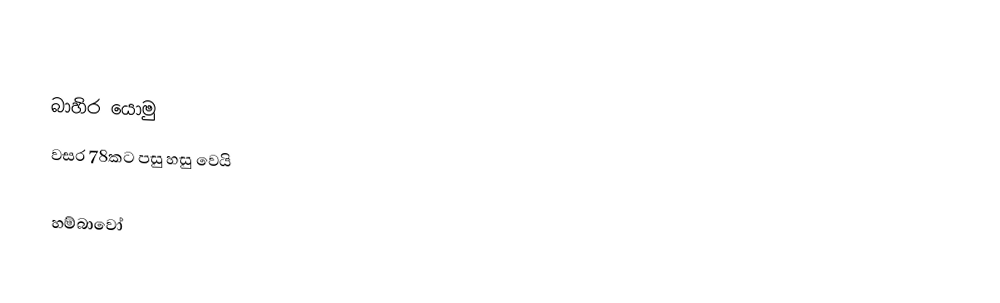

බාහිර යොමු
 වසර 78කට පසු හසු වෙයි

හම්බාවෝ